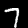
Digit: 7